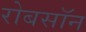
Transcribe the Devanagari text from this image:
रोबसॉन